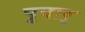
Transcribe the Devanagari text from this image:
पुवार्